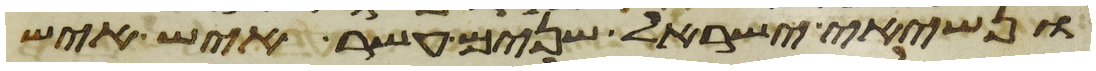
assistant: ונשיאי ישראל שנים עשר איש איש